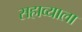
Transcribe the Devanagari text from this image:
सहाव्याला